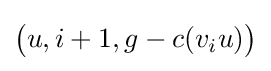
{\bigl (}u,i+1,g-c(v_{i}u){\bigr )}